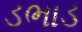
ડભાડ